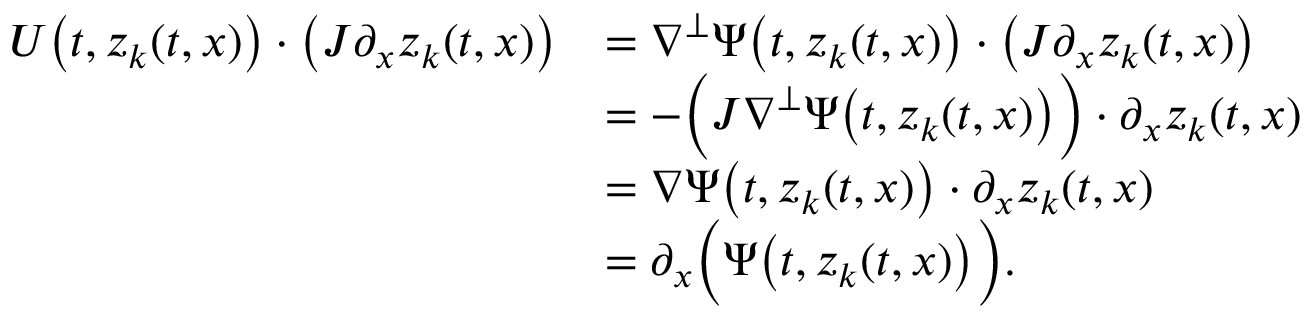
\begin{array} { r l } { U \big ( t , z _ { k } ( t , x ) \big ) \cdot \big ( J \partial _ { x } z _ { k } ( t , x ) \big ) } & { = \nabla ^ { \perp } \Psi \big ( t , z _ { k } ( t , x ) \big ) \cdot \big ( J \partial _ { x } z _ { k } ( t , x ) \big ) } \\ & { = - \Big ( J \nabla ^ { \perp } \Psi \big ( t , z _ { k } ( t , x ) \big ) \Big ) \cdot \partial _ { x } z _ { k } ( t , x ) } \\ & { = \nabla \Psi \big ( t , z _ { k } ( t , x ) \big ) \cdot \partial _ { x } z _ { k } ( t , x ) } \\ & { = \partial _ { x } \Big ( \Psi \big ( t , z _ { k } ( t , x ) \big ) \Big ) . } \end{array}